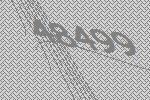
48499